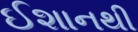
ઈશાનથી